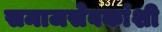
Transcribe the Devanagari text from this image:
समाजसेवकांशी